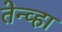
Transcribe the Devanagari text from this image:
तेन्व्हा